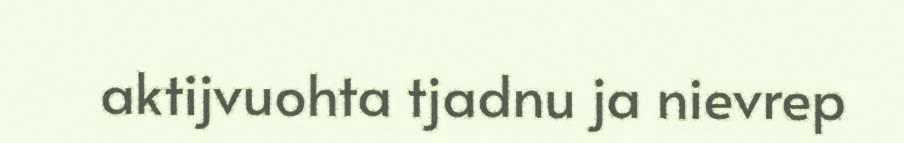
aktijvuohta tjadnu ja nievrep